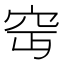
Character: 𥤵